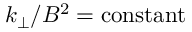
k _ { \perp } / B ^ { 2 } = \mathrm { c o n s t a n t }